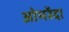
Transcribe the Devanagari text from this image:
ओमरेंदा